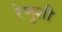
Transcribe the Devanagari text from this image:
रेणुशी